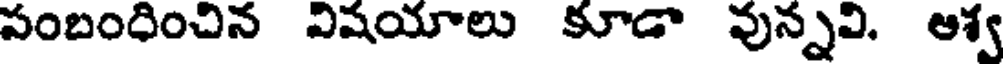
సంబంధించిన విషయాలు కూడా వున్నవి, ఆశ్వ